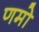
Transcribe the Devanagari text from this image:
णमो